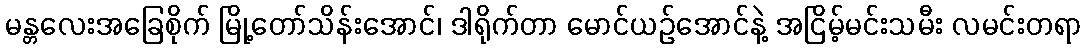
မန္တလေးအခြေစိုက် မြို့တော်သိန်းအောင်၊ ဒါရိုက်တာ မောင်ယဉ်အောင်နဲ့ အငြိမ့်မင်းသမီး လမင်းတရာ